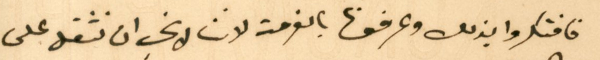
فافتكروا بذلك وعرفونا بالفرحة لاننا لا نحب ان نثقل على